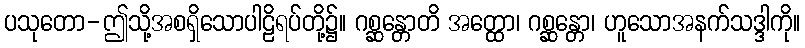
ပသုတော-ဤသို့အစရှိသောပါဠိရပ်တို့၌။ ဂစ္ဆန္တောတိ အတ္ထော၊ ဂစ္ဆန္တော၊ ဟူသောအနက်သဒ္ဒါကို။